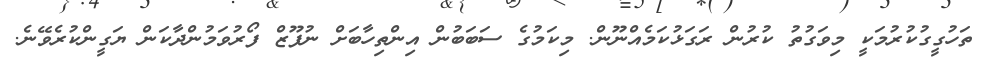
ތަހުގީގުކުރުމަކީ މިވަގުތު ކުރުން ރަގަޅުކަމެއްނޫން. މިކަމުގެ ސަބަބުން އިންތިހާބަށް ނުފޫޒް ފޯރުވަމުންދާކަން ޔަގީންކުރެވޭނެ.